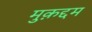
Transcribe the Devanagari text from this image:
मुक़द्दम